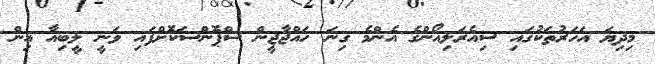
މިދިޔަ އަހަރުތަކުގައި ސިއެރަލިއޯންގެ އެންމެ ގިނަ ހައްޖާޖީން ސްޕޮންސަކޮށްފައި ވަނީ ލީބިއާ އިން